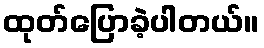
ထုတ်ပြောခဲ့ပါတယ်။